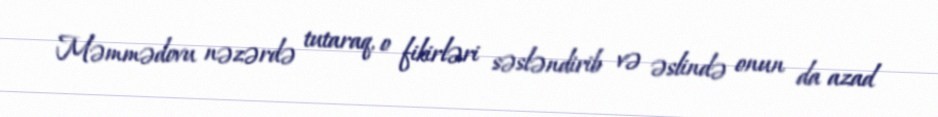
Məmmədovu nəzərdə tutaraq, o fikirləri səsləndirib və əslində onun da azad